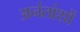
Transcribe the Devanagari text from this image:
अनंतांशों